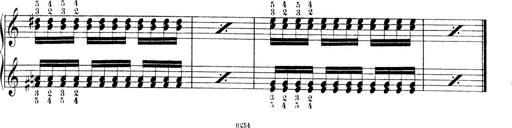
Title: Technische Studien
Composer: Franz Liszt